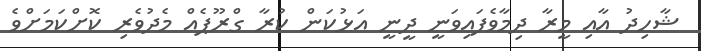
ޝާހިދު އާއި މީރާ ދިމާވެފައިވަނީ ދީނީ އަޅުކަން ކުރާ ގްރޫޕެއް މެދުވެރި ކޮށްކަމަށްވެ